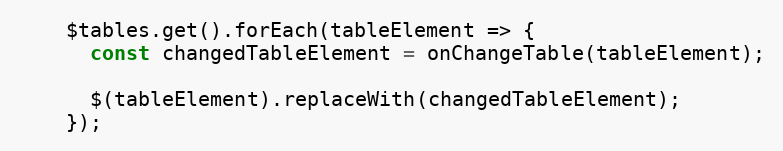
Language: JavaScript
    $tables.get().forEach(tableElement => {
      const changedTableElement = onChangeTable(tableElement);

      $(tableElement).replaceWith(changedTableElement);
    });